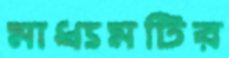
মাধ্যমটির